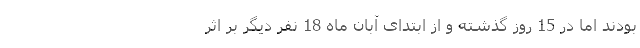
بودند اما در 15 روز گذشته و از ابتدای آبان ماه 18 نفر دیگر بر اثر